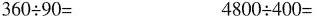
$$3 6 0 \div 9 0 =$$ $$4 8 0 \div 4 0 0 =$$